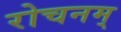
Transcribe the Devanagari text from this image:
रोचनम्